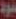
عود